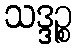
သဒ္ဒဉ္စ